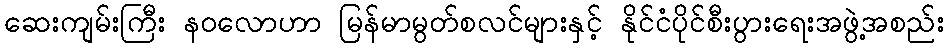
ဆေးကျမ်းကြီး နဝလောဟာ မြန်မာမွတ်စလင်များနှင့် နိုင်ငံပိုင်စီးပွားရေးအဖွဲ့အစည်း